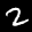
Label: 2